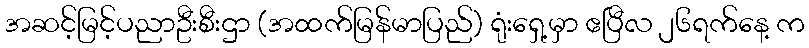
အဆင့်မြင့်ပညာဦးစီးဌာ (အထက်မြန်မာပြည်) ရုံးရှေ့မှာ ဧပြီလ ၂၆ရက်နေ့ က